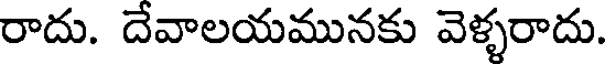
రాదు. దేవాలయమునకు వెళ్ళరాదు.